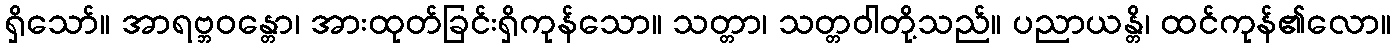
ရှိသော်။ အာရဗ္ဘဝန္တော၊ အားထုတ်ခြင်းရှိကုန်သော။ သတ္တာ၊ သတ္တဝါတို့သည်။ ပညာယန္တိ၊ ထင်ကုန်၏လော။